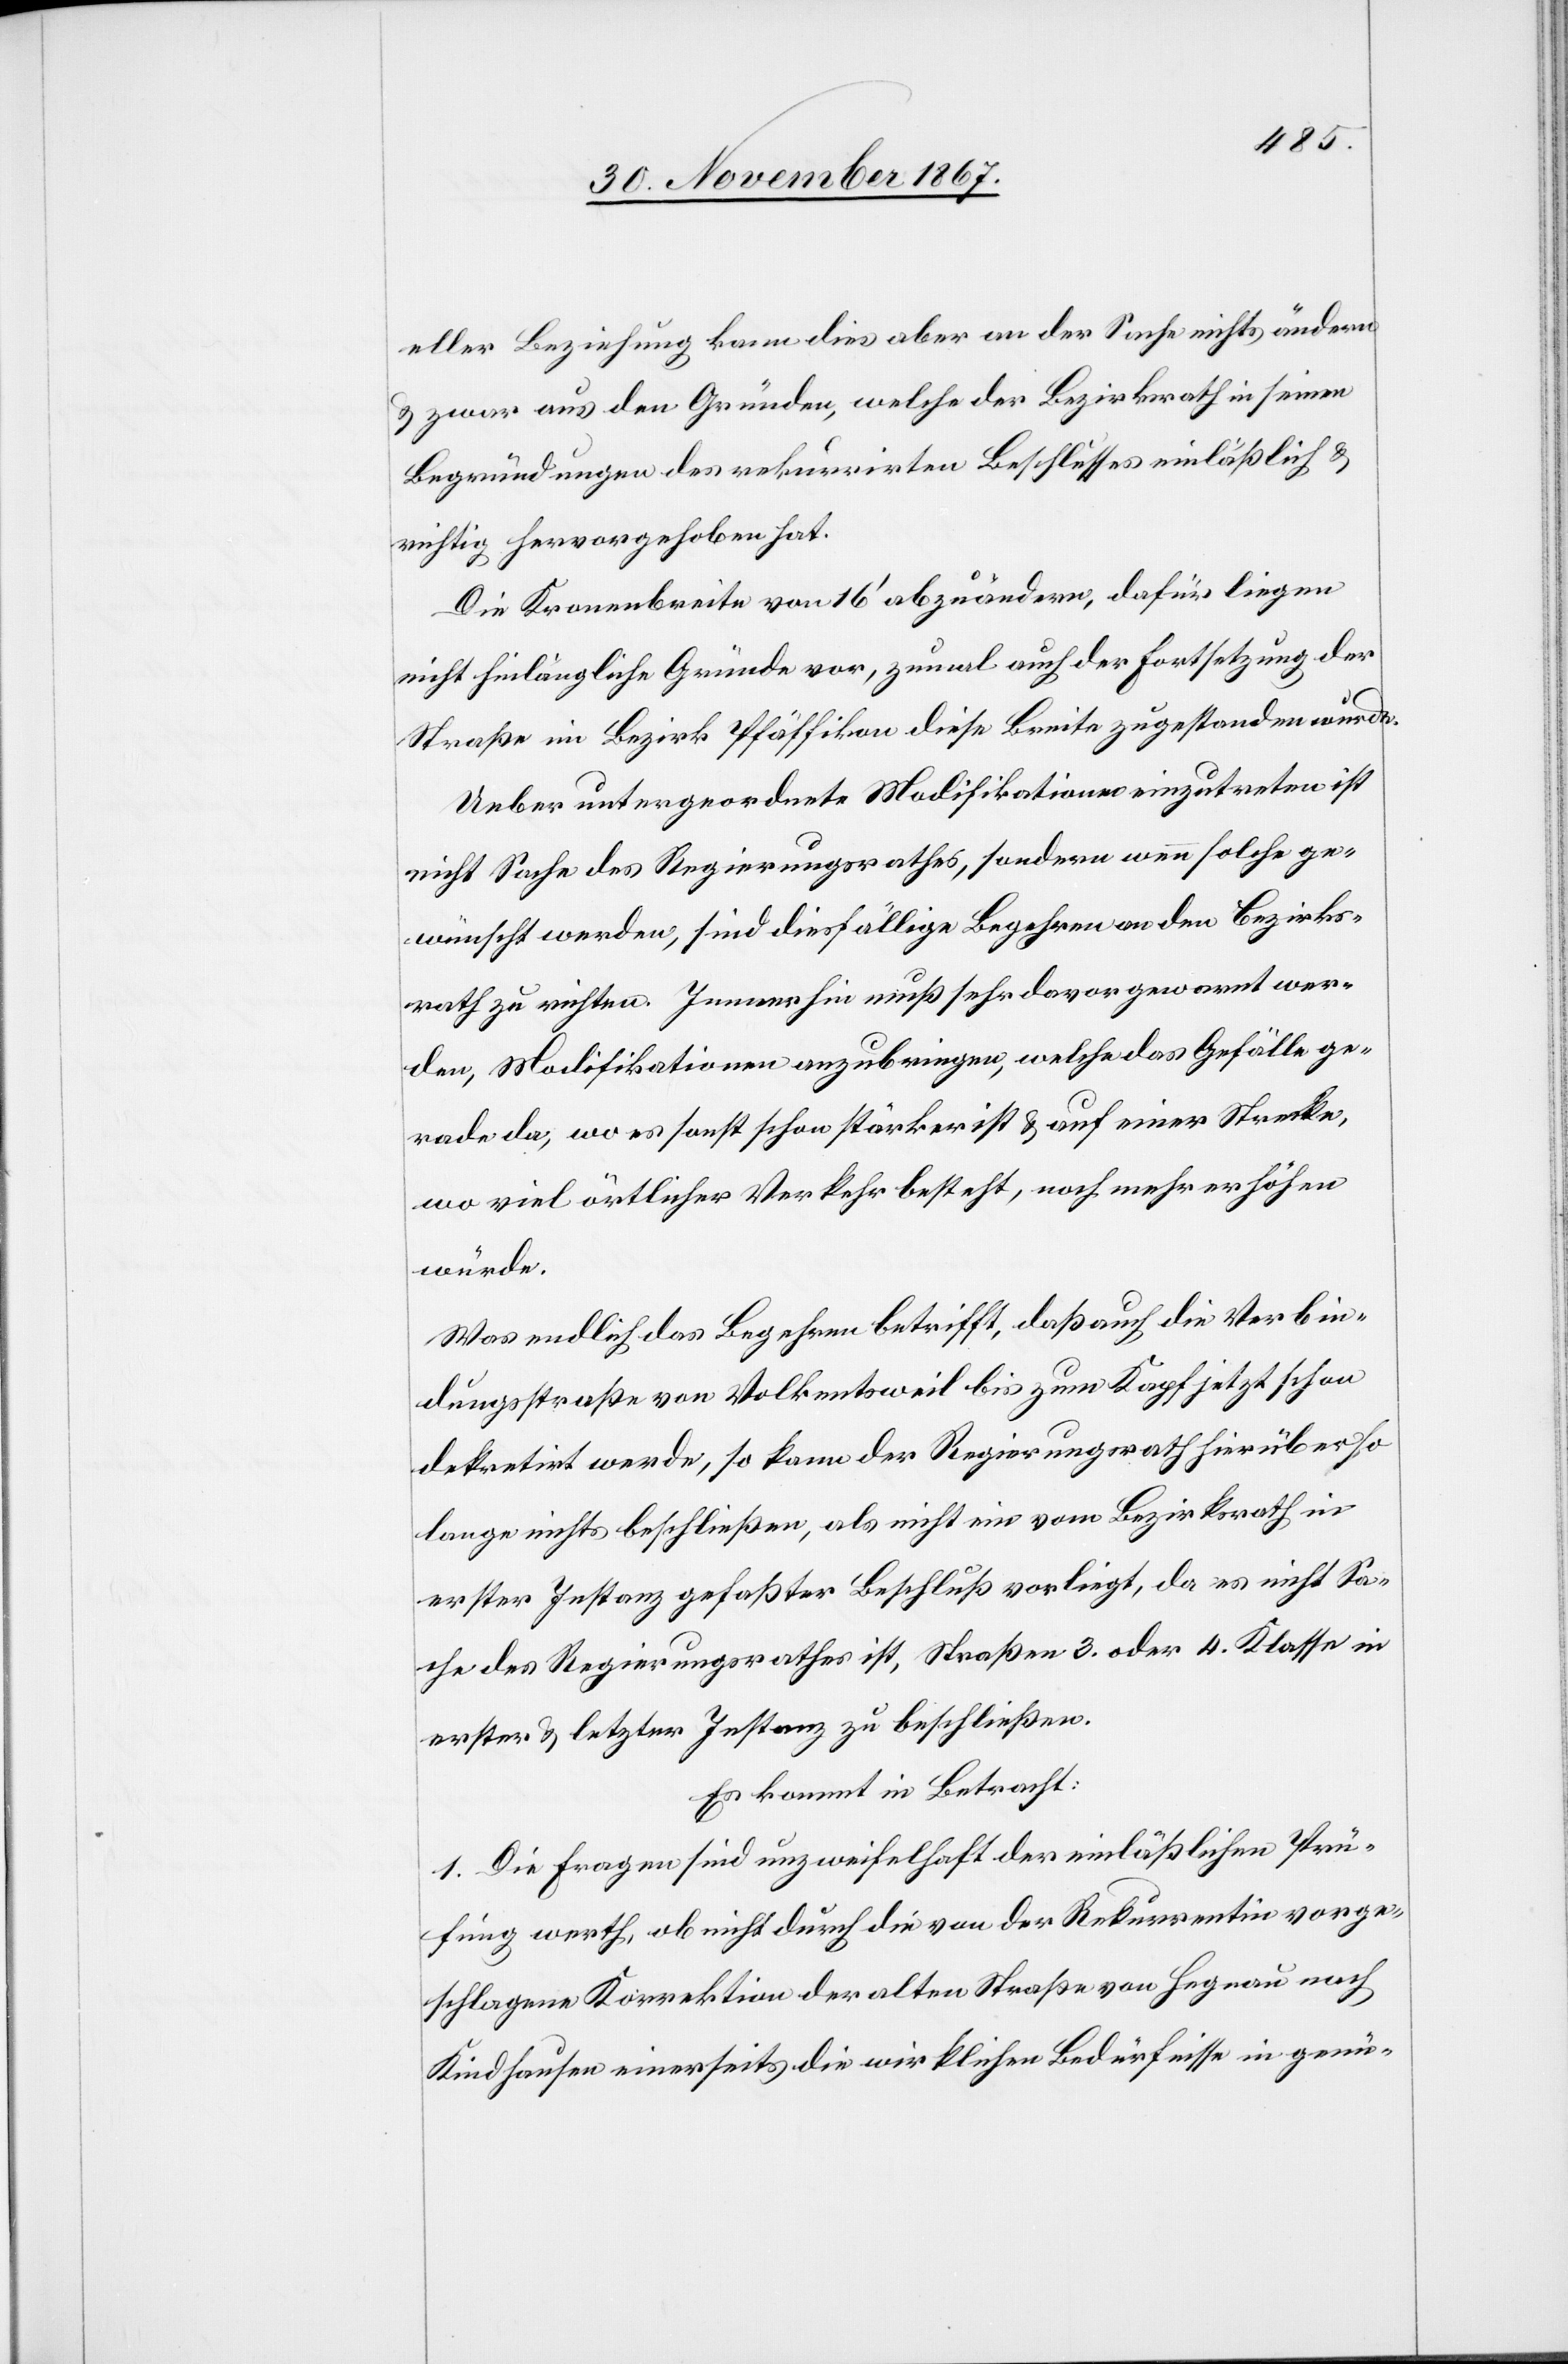
eller Beziehung kann dies aber an der Sache nichts ändern
u. zwar aus den Gründen, welche der Bezirksrath in seinen
Begründungen des rekurrirten Beschlusses einläßlich u.
richtig hervorgehoben hat.
Die Kronenbreite von 16‘ abzuändern, dafür liegen
nicht hinlängliche Gründe vor, zumal auch der Fortsetzung der
Straße im Bezirk Pfäffikon diese Breite zugestanden wurde.
Ueber untergeordnete Modifikationen einzutreten ist
nicht Sache des Regierungsrathes, sondern wenn solche ge¬
wünscht werden, sind diesfällige Begehren an den Bezirks¬
rath zu richten. Immerhin muß sehr davor gewarnt wer¬
den, Modifikationen anzubringen, welche das Gefälle ge¬
rade da, wo es sonst schon stärker ist u. auf einer Strecke,
wo viel örtlicher Verkehr bestehe, noch mehr erhöhen
würde.
Was endlich das Begehren betrifft, daß auch die Verbin¬
dungsstraße von Volkentsweil bis zum Kapf jetzt schon
dekretirt werde, so kann der Regierungsrath hierüber so
lange nichts beschließen, als nicht ein vom Bezirksrath in
erster Instanz gefaßter Beschluß vorliegt, da es nicht Sa¬
che des Regierungsrathes ist, Straßen 3. oder 4. Klasse in
erster u. letzter Instanz zu beschließen.
Es kommt in Betracht:
1. Die Fragen sind unzweifelhaft der einläßlichen Prü¬
fung werth, ob nicht durch die von der Rekurrentin vorge¬
schlagene Korrektion der alten Straße von Hegnau nach
Kindhausen einerseits die wirklichen Bedürfnisse in genü-